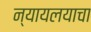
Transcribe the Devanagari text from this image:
न्यायलयाचा